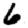
Digit: 6